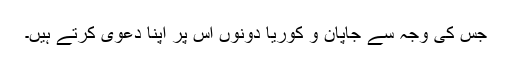
جس کی وجہ سے جاپان و کوریا دونوں اس پر اپنا دعوی کرتے ہیں۔